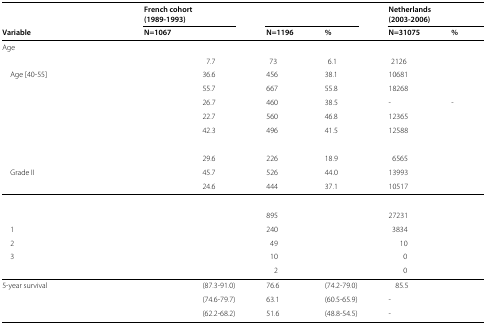
<table><thead><tr><td>[EMPTY_CELL]</td><td colspan="2"><b>French cohort</b></td><td colspan="2">[EMPTY_CELL]</td><td colspan="2"><b>Netherlands</b></td></tr><tr><td>[EMPTY_CELL]</td><td colspan="2"><b>(1989-1993)</b></td><td colspan="2">[EMPTY_CELL]</td><td colspan="2"><b>(2003-2006)</b></td></tr><tr><td><b>Variable</b></td><td><b>N=1067</b></td><td>[EMPTY_CELL]</td><td><b>N=1196</b></td><td><b>%</b></td><td><b>N=31075</b></td><td><b>%</b></td></tr></thead><tbody><tr><td>Age</td><td>[EMPTY_CELL]</td><td>[EMPTY_CELL]</td><td>[EMPTY_CELL]</td><td>[EMPTY_CELL]</td><td>[EMPTY_CELL]</td><td>[EMPTY_CELL]</td></tr><tr><td>[EMPTY_CELL]</td><td>[EMPTY_CELL]</td><td>7.7</td><td>73</td><td>6.1</td><td>2126</td><td>[EMPTY_CELL]</td></tr><tr><td>Age [40-55]</td><td>[EMPTY_CELL]</td><td>36.6</td><td>456</td><td>38.1</td><td>10681</td><td>[EMPTY_CELL]</td></tr><tr><td>[EMPTY_CELL]</td><td>[EMPTY_CELL]</td><td>55.7</td><td>667</td><td>55.8</td><td>18268</td><td>[EMPTY_CELL]</td></tr><tr><td>[EMPTY_CELL]</td><td>[EMPTY_CELL]</td><td>26.7</td><td>460</td><td>38.5</td><td>-</td><td>-</td></tr><tr><td>[EMPTY_CELL]</td><td>[EMPTY_CELL]</td><td>22.7</td><td>560</td><td>46.8</td><td>12365</td><td>[EMPTY_CELL]</td></tr><tr><td>[EMPTY_CELL]</td><td>[EMPTY_CELL]</td><td>42.3</td><td>496</td><td>41.5</td><td>12588</td><td>[EMPTY_CELL]</td></tr><tr><td>[EMPTY_CELL]</td><td>[EMPTY_CELL]</td><td>[EMPTY_CELL]</td><td>[EMPTY_CELL]</td><td>[EMPTY_CELL]</td><td>[EMPTY_CELL]</td><td>[EMPTY_CELL]</td></tr><tr><td>[EMPTY_CELL]</td><td>[EMPTY_CELL]</td><td>29.6</td><td>226</td><td>18.9</td><td>6565</td><td>[EMPTY_CELL]</td></tr><tr><td>Grade II</td><td>[EMPTY_CELL]</td><td>45.7</td><td>526</td><td>44.0</td><td>13993</td><td>[EMPTY_CELL]</td></tr><tr><td>[EMPTY_CELL]</td><td>[EMPTY_CELL]</td><td>24.6</td><td>444</td><td>37.1</td><td>10517</td><td>[EMPTY_CELL]</td></tr><tr><td colspan="7">[EMPTY_CELL]</td></tr><tr><td>[EMPTY_CELL]</td><td>[EMPTY_CELL]</td><td>[EMPTY_CELL]</td><td>895</td><td>[EMPTY_CELL]</td><td>27231</td><td>[EMPTY_CELL]</td></tr><tr><td>1</td><td>[EMPTY_CELL]</td><td>[EMPTY_CELL]</td><td>240</td><td>[EMPTY_CELL]</td><td>3834</td><td>[EMPTY_CELL]</td></tr><tr><td>2</td><td>[EMPTY_CELL]</td><td>[EMPTY_CELL]</td><td>49</td><td>[EMPTY_CELL]</td><td>10</td><td>[EMPTY_CELL]</td></tr><tr><td>3</td><td>[EMPTY_CELL]</td><td>[EMPTY_CELL]</td><td>10</td><td>[EMPTY_CELL]</td><td>0</td><td>[EMPTY_CELL]</td></tr><tr><td>[EMPTY_CELL]</td><td>[EMPTY_CELL]</td><td>[EMPTY_CELL]</td><td>2</td><td>[EMPTY_CELL]</td><td>0</td><td>[EMPTY_CELL]</td></tr><tr><td>5-year survival</td><td>[EMPTY_CELL]</td><td>(87.3-91.0)</td><td>76.6</td><td>(74.2-79.0)</td><td>85.5</td><td>[EMPTY_CELL]</td></tr><tr><td>[EMPTY_CELL]</td><td>[EMPTY_CELL]</td><td>(74.6-79.7)</td><td>63.1</td><td>(60.5-65.9)</td><td>-</td><td>[EMPTY_CELL]</td></tr><tr><td>[EMPTY_CELL]</td><td>[EMPTY_CELL]</td><td>(62.2-68.2)</td><td>51.6</td><td>(48.8-54.5)</td><td>-</td><td>[EMPTY_CELL]</td></tr></tbody></table>